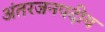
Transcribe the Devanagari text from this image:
अंतरजनपदीय